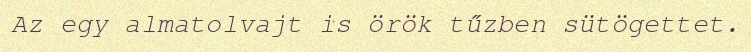
Az egy almatolvajt is örök tűzben sütögettet.